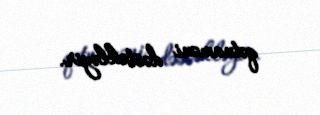
qətnaməni dəstəkləyir.